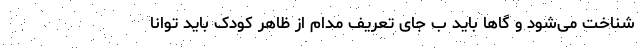
شناخت می‌شود و گاها باید ب جای تعریف مدام از ظاهر کودک باید توانا